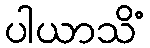
ပါယာသိံ